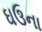
ઘઉના